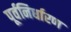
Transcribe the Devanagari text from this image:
पूर्वनिर्धारण